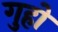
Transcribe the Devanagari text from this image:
गुहों